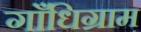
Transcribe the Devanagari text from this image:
गाँधिग्राम